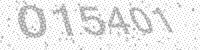
Solution: 015401